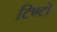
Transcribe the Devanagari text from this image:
टिण्टो